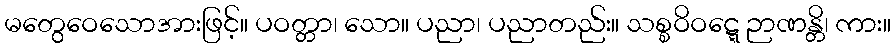
မတွေဝေသောအားဖြင့်။ ပဝတ္တာ၊ သော။ ပညာ၊ ပညာတည်း။ သစ္စဝိဝဋ္ဋေ ဉာဏန္တိ၊ ကား။